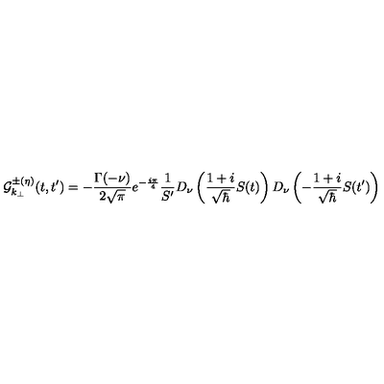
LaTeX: { \cal { G } } _ { k _ { \perp } } ^ { \pm ( \eta ) } ( t , t ^ { \prime } ) = - { \frac { \Gamma ( - \nu ) } { 2 \sqrt { \pi } } } e ^ { - { \frac { i \pi } { 4 } } } { \frac { 1 } { S ^ { \prime } } } D _ { \nu } \left( { \frac { 1 + i } { \sqrt { \hbar } } } S ( t ) \right) D _ { \nu } \left( - { \frac { 1 + i } { \sqrt { \hbar } } } S ( t ^ { \prime } ) \right)